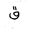
Letter: _qaf